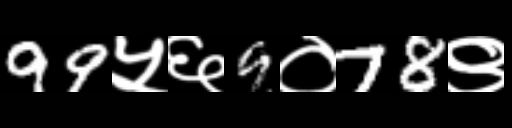
Text: 99५६9०78९